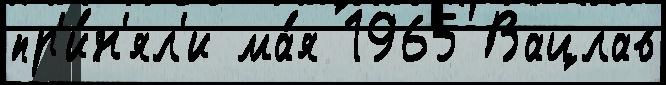
пр'и́н'ял'и ма́я 1965 Вацлав